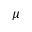
\mu